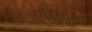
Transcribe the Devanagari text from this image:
इकाईकृत